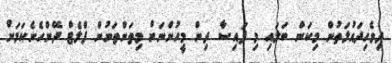
ދިވެހިދައުލަތުން މިކަން ބަލައި މި ފައިސާ ދިން މީހުންނަށް މިތަންތަނުން ފްލެޓް ދޭންހެނެކަމަށް